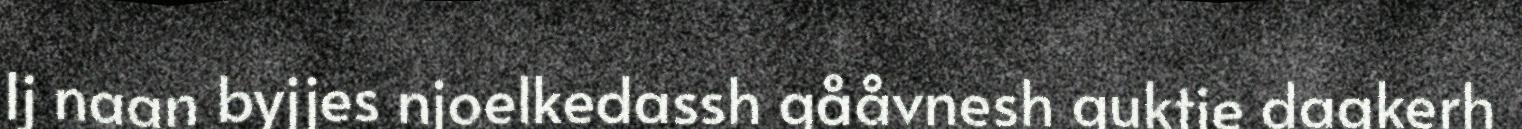
Ij naan byjjes njoelkedassh gååvnesh guktie dagkerh